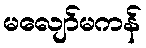
မလျော်မကန်